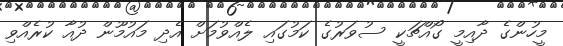
މީހުންގެ ދާއިމީ ގޯއްޗަކީ ސުވަރުގެ ކަމުގައި ލެއްވުމަށް އެދި މައުމޫން ދުއާ ކުރެއްވި